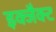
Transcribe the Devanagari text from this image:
इक्जैक्ट